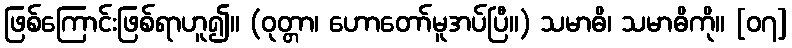
ဖြစ်ကြောင်းဖြစ်ရာဟူ၍။ (ဝုတ္တာ၊ ဟောတော်မူအပ်ပြီ။) သမာဓိ၊ သမာဓိကို။ [၀၇]